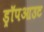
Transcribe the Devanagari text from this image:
ड्रॉपआउट